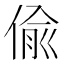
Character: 偸